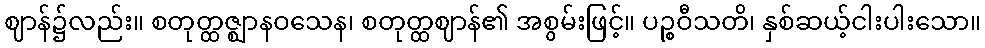
ဈာန်၌လည်း။ စတုတ္ထဇ္ဈာနဝသေန၊ စတုတ္ထဈာန်၏ အစွမ်းဖြင့်။ ပဉ္စဝီသတိ၊ နှစ်ဆယ့်ငါးပါးသော။